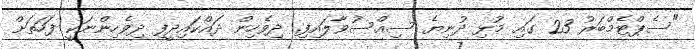
"ސެޕްޓެމްބަރު 23 ގައި މުޅި ދުނިޔެ ސިއްސުވާލައިފި. ދިވެހިން ދައްކައިދީފި ދިވެހިންނަކީ ފަހަތަށް